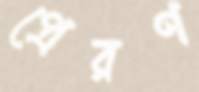
প্রেরণ